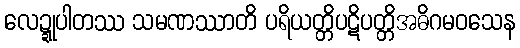
လေဍ္ဍုပါတဿ သမဏဿာတိ ပရိယတ္တိပဋိပတ္တိအဓိဂမဝသေန